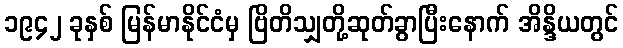
၁၉၄၂ ခုနှစ် မြန်မာနိုင်ငံမှ ဗြိတိသျှတို့ဆုတ်ခွာပြီးနောက် အိန္ဒိယတွင်